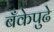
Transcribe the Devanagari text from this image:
बँकेपुढे